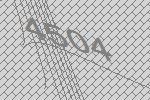
4504